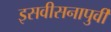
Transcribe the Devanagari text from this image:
इसवीसनापुर्वी